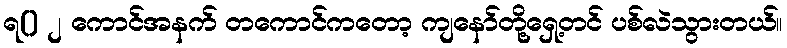
ရ() ၂ ကောင်အနက် တကောင်ကတော့ ကျနော်တို့ရှေ့တင် ပစ်လဲသွားတယ်။